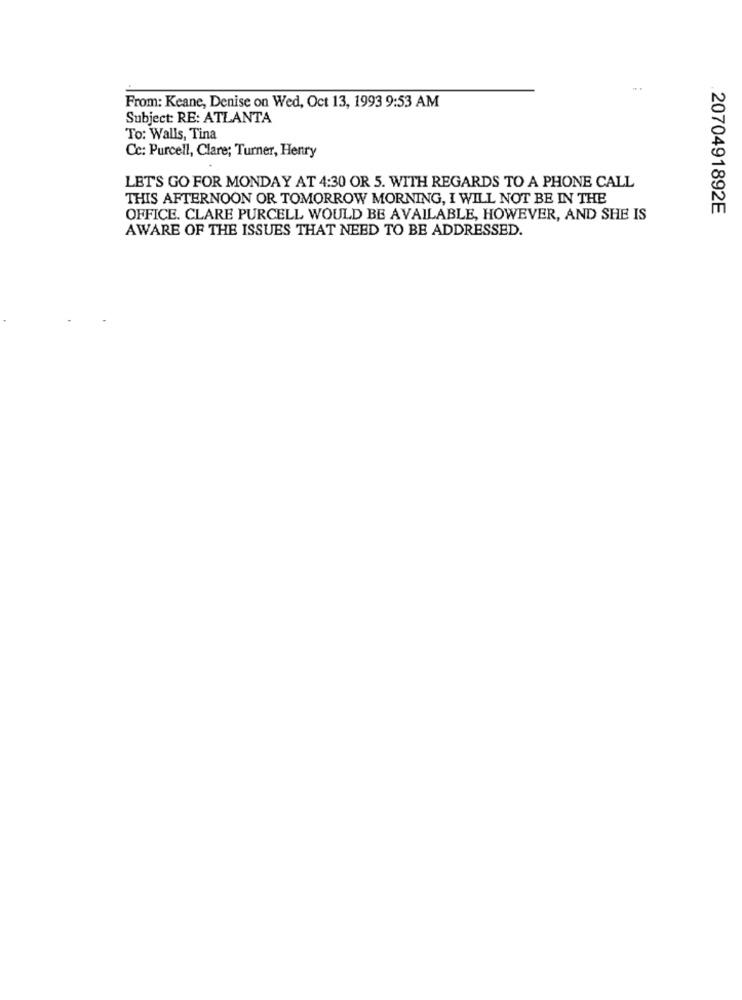
From: Keane, Denise on Wed, Oct 13, 1993 9:53 AM
Subject: RE: ATLANTA
To: Walls, Tina
Cc: Purcell, Clare; Turner, Henry
LET'S GO FOR MONDAY AT 4:30 OR 5. WITH REGARDS TO A PHONE CALL
THIS AFTERNOON OR TOMORROW MORNING, I WILL NOT BE IN THE
2070491892E
OFFICE. CLARE PURCELL WOULD BE AVAILABLE, HOWEVER, AND SHE IS
AWARE OF THE ISSUES THAT NEED TO BE ADDRESSED.